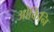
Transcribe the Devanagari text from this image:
ओकिनि